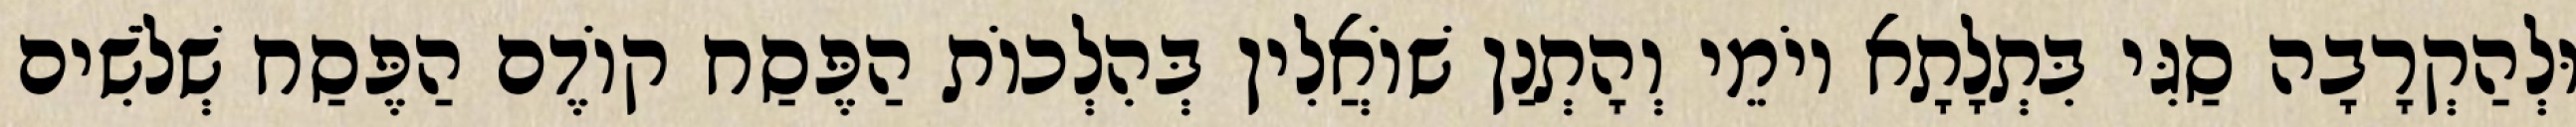
וּלְהַקְרָבָה סַגִּי בִּתְלָתָא יוֹמֵי וְהָתְנַן שׁוֹאֲלִין בְּהִלְכוֹת הַפֶּסַח קוֹדֶם הַפֶּסַח שְׁלֹשִׁים